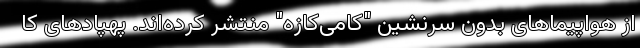
از هواپیماهای بدون سرنشین "کامی‌کازه" منتشر کرده‌اند. پهپادهای کا